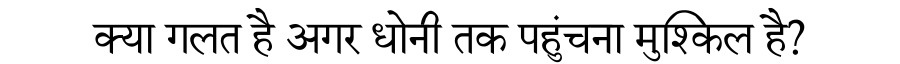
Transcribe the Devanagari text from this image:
क्या गलत है अगर धोनी तक पहुंचना मुश्किल है?